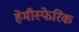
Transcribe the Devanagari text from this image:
हेमीस्फेरिक